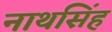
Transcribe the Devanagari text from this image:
नाथसिंह